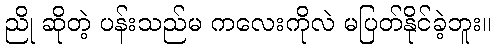
ညို ဆိုတဲ့ ပန်းသည်မ ကလေးကိုလဲ မပြတ်နိုင်ခဲ့ဘူး။